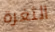
الثغرة